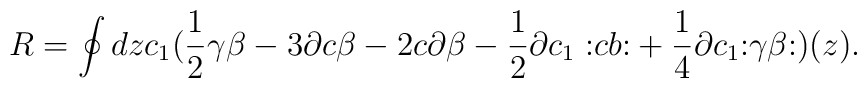
R= \oint dz c_1 (\frac12 \gamma \beta - 3 \partial c \beta - 2 c \partial\beta - \frac12 \partial c_1 {\bf :}c b {\bf :} +\frac14 \partial c_1 {\bf :}  \gamma \beta{\bf :} )(z).